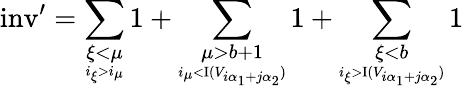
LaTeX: {\mathrm{inv}^{\prime}}=\underset{\underset{i_{\xi}>i_{\mu}}{\xi<\mu}}{\sum}1+\underset{\underset{i_{\mu}<\mathrm{I}(V_{i{\alpha_{1}}+j{\alpha_{2}}})}{\mu>b+1}}{\sum}1+\underset{\underset{i_{\xi}>\mathrm{I}(V_{i{\alpha_{1}}+j{\alpha_{2}}})}{\xi<b}}{\sum}1